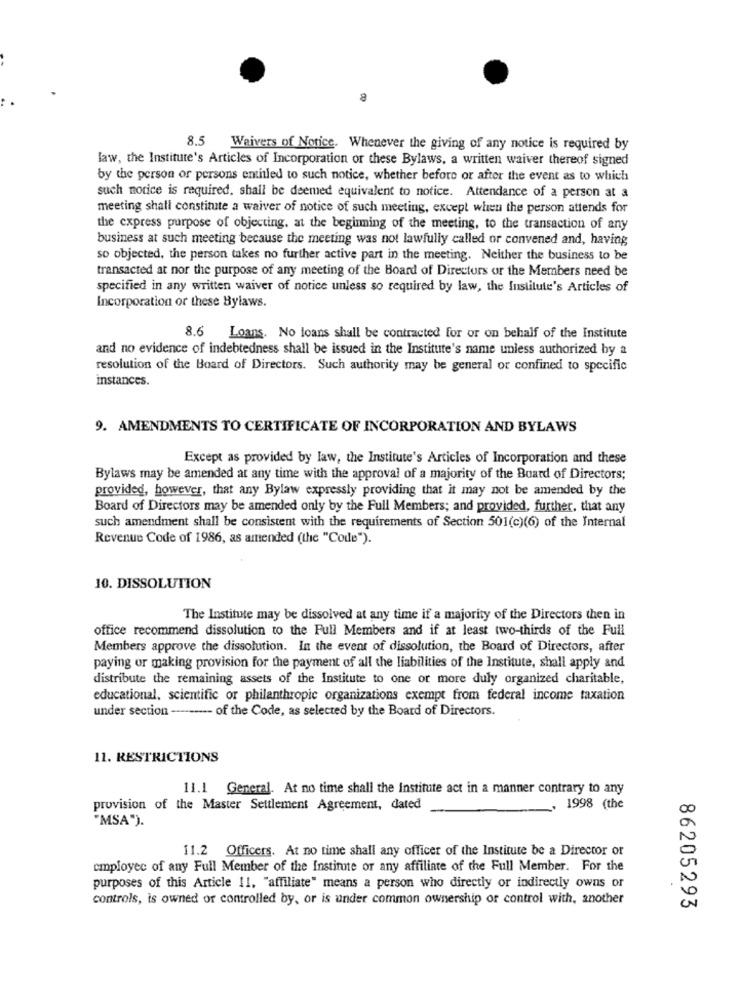
8.5 Waivers of Norice. Whenever the giving of any notice is required by
law, the Institute's Articles of Incorporation or these Bylaws, a written waiver thereof signed
by the person or persons entitled to such notice, whether before or after the event as to which
such notice is required, shall be deemed equivalent to notice. Attendance of a person at a
meeting shall constitute a waiver of notice of such meeting, except when the person attends for
the express purpose of objecting, at the beginning of the meeting, to the transaction of any
business at such meeting because the meeting was not lawfully called or convened and, having
so objected, the person takes no further active part in the meeting. Neither the business to be
transacted at nor the purpose of any meeting of the Board of Directors or the Members need be
specified in any written waiver of notice unless so required by law, the Institute's Articles of
Incorporation or these Bylaws.
8.6 Loans. No loans shall be contracted for or on behalf of the Institute
and no evidence of indebtedness shall be issued in the Institute's name unless authorized by a
resolution of the Board of Directors. Such authority may be general or confined to specific
instances.
9. AMENDMENTS TO CERTIFICATE OF INCORPORATION AND BYLAWS
Except as provided by law, the Institute's Articles of Incorporation and these
Bylaws may be amended at any time with the approval of a majority of the Board of Directors;
provided, however, that any Bylaw expressly providing that it may not be amended by the
Board of Directors may be amended only by the Full Members; and provided, further, that any
such amendment shall be consistent with the requirements of Section 501(c)(6) of the Internal
Revenue Code of 1986, as amended (the "Code").
10. DISSOLUTION
The Institute may be dissolved at any time if a majority of the Directors then in
office recommend dissolution to the Full Members and if at least two-thirds of the Full
Members approve the dissolution. In the event of dissolution, the Board of Directors, after
paying or making provision for the payment of all the liabilities of the Institute, shall apply and
distribute the remaining assets of the Institute to one or more duly organized charitable,
educational, scientific or philanthropic organizations exempt from federal income taxation
under section ------ of the Code, as selected by the Board of Directors.
11. RESTRICTIONS
11.1 General. At no time shall the institute act in a manner contrary to any
provision of the Master Settlement Agreement, dated
. 1998 (the
"MSA").
11.2 Officers. At no time shall any officer of the Institute be a Director or
employee of any Full Member of the Institute or any affiliate of the Full Member. For the
purposes of this Article 11. "affiliate" means a person who directly or indirectly owns or
controls, is owned or controlled by, or is under common ownership of control with, another
86205293